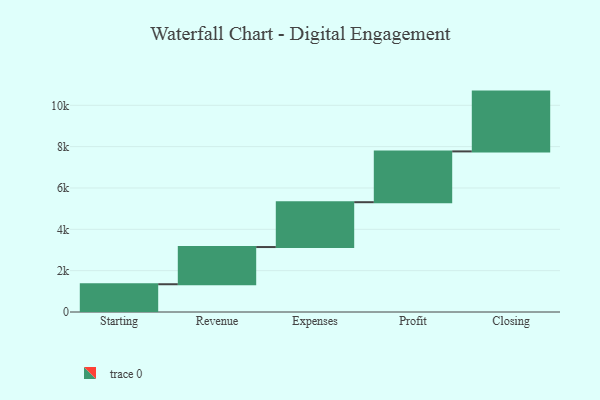
{"axis": {"x": "Step", "y": "Value"}, "legend": [""], "data": [{"x": "Starting", "y": 1343.0, "type": ""}, {"x": "Revenue", "y": 1800.0, "type": ""}, {"x": "Expenses", "y": 2169.0, "type": ""}, {"x": "Profit", "y": 2458.0, "type": ""}, {"x": "Closing", "y": 2893.0, "type": ""}]}